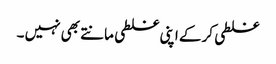
غلطی کر کے اپنی غلطی مانتے بھی نہیں ۔